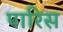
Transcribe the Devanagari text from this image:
पारिस